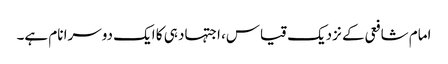
امام شافعی کے نزدیک قیاس، اجتہاد ہی کا ایک دوسرا نام ہے۔